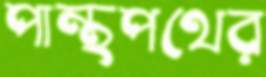
পান্থপথের